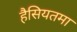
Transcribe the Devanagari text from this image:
हैसियतमा